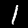
Digit: 1